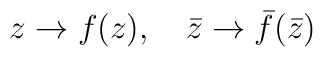
z\rightarrow f(z), \quad \bar{z} \rightarrow \bar{f}(\bar{z})